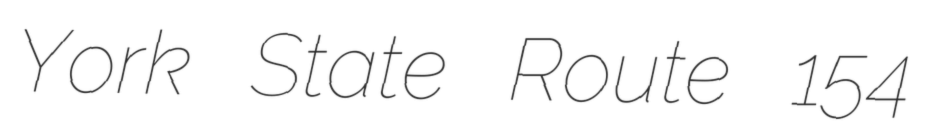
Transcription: York State Route 154